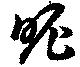
昵